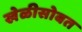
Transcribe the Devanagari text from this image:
खेळीसोबत